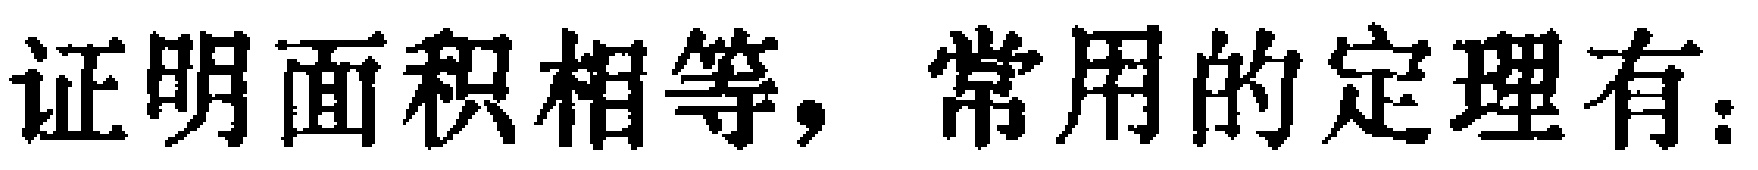
证明面积相等，常用的定理有：